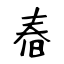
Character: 㫪